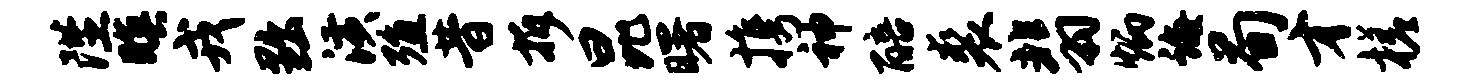
陛暝戎黜潢殖昔拆昆曙携神醅裘翡炳诲荀才槎